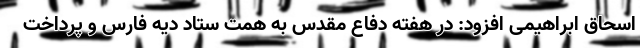
اسحاق ابراهیمی افزود: در هفته دفاع مقدس به همت ستاد دیه فارس و پرداخت